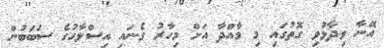
އޭނާ ވިދާޅުވި ގޮތުގައި މި މާއްދާ އަށް މިހާރު ގެނައި އިސްލާހުގެ ސަބަބުން